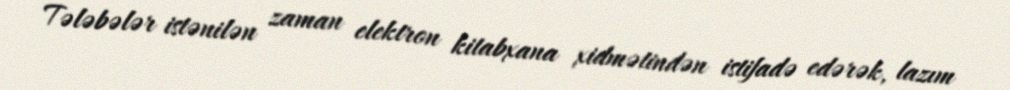
Tələbələr istənilən zaman elektron kitabxana xidmətindən istifadə edərək, lazım